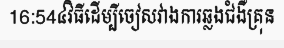
16:54៤វិធីដើម្បីចៀសវាងការឆ្លងជំងឺគ្រុន